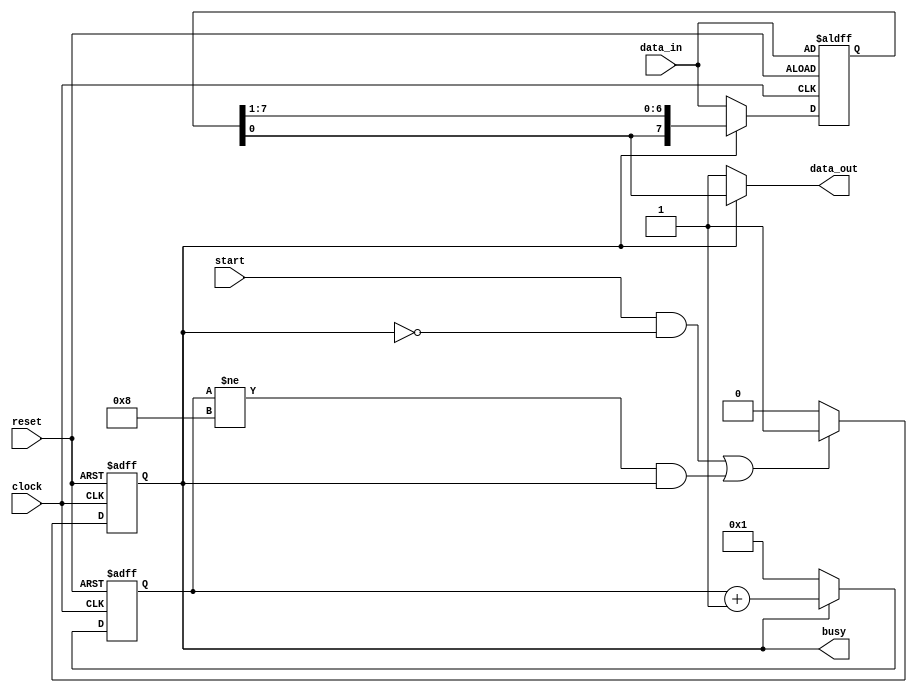
module serializer(
    busy,
    data_out,
    data_in,
    start,
    clock,
    reset
    );

    parameter DATA_WIDTH = 8;
    parameter COUNTER_SIZE = clog2(DATA_WIDTH)+1;
	 
	 function integer clog2;
	 	input integer value;
	 	begin 
	 	value = value-1;
	 	for (clog2=0; value>0; clog2=clog2+1)
	 	value = value>>1;
	 	end 
	 endfunction

    output wire busy;
    output wire data_out;

    input [DATA_WIDTH-1:0]data_in;
    input wire start;
    input wire clock;
    input wire reset;

    reg ps;
    reg [DATA_WIDTH-1:0]data;
    reg [COUNTER_SIZE-1:0]counter;

    wire ns;
    wire [COUNTER_SIZE-1:0]next_counter;
    wire [DATA_WIDTH-1:0]next_data;

    assign next_data = (ps == 1) ? {data[0],data[DATA_WIDTH-1:1]} : data_in;
    assign next_counter = (ps==1) ? counter + 1 : {{COUNTER_SIZE-1{1'b0}},1'b1};
    assign ns = ((start && ps == 1'b0) || (counter != DATA_WIDTH && ps == 1'b1)) ? 1'b1 : 1'b0;
    assign data_out = (ps == 1) ? data[0] : 1'b1;
    assign busy = ps;
    
    initial begin
        ps <= 0;
        counter <= {{COUNTER_SIZE-1{1'b0}},1'b1};
        data <= 0;
    end

    always @(posedge clock or posedge reset) begin
        if(reset) begin
            ps <= 0;
            counter <= {{COUNTER_SIZE-1{1'b0}},1'b1};
            data <= data_in;
        end
        else begin
            ps <= ns;
            counter <= next_counter;
            data <= next_data;
        end
    end

endmodule